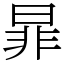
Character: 暃